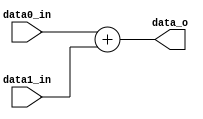
module Adder(
    data0_in,
    data1_in,
    data_o
);
input signed  [31:0] data0_in, data1_in;
output signed [31:0] data_o;

assign data_o = data0_in + data1_in;

endmodule